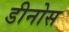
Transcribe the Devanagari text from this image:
डीनोस